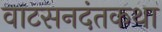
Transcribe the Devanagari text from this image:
वाटसनदंतकथा